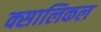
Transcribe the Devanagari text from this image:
क्सालिकल